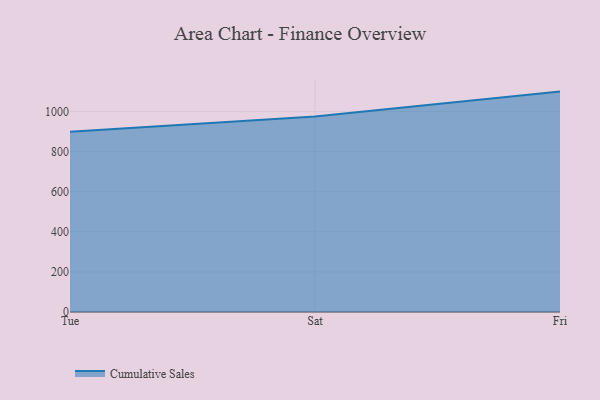
{"axis": {"x": "Day", "y": "Production Output"}, "legend": ["Cumulative Sales"], "data": [{"x": "Tue", "y": 899.0, "type": "Cumulative Sales"}, {"x": "Sat", "y": 976.1, "type": "Cumulative Sales"}, {"x": "Fri", "y": 1099.8, "type": "Cumulative Sales"}]}